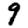
Digit: 9